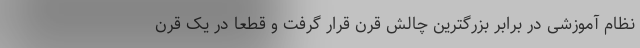
نظام آموزشی در برابر بزرگترین چالش قرن قرار گرفت و قطعا در یک قرن